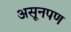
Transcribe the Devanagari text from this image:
असूनपण